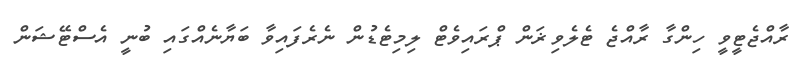
ރާއްޖެޓީވީ ހިންގާ ރާއްޖެ ޓެލެވިޜަން ޕްރައިވެޓް ލިމިޓެޑުން ނެރެފައިވާ ބަޔާނެއްގައި ބުނީ އެސްޓޭޝަން